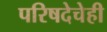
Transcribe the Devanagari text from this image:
परिषदेचेही